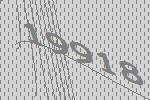
19918